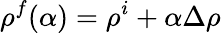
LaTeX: \rho^{f}(\alpha)=\rho^{i}+\alpha\Delta\rho